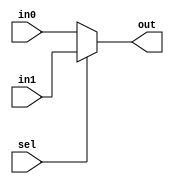
// 2-to-1 Multiplexer
module Mux2to1(input wire [31:0] in0,    
               input wire [31:0] in1,    
               input wire sel,          
               output wire [31:0] out); 

    assign out = sel ? in1 : in0;

endmodule